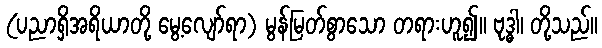
(ပညာရှိအရိယာတို့ မွေ့လျော်ရာ) မွန်မြတ်စွာသော တရားဟူ၍။ ဗုဒ္ဓါ၊ တို့သည်။